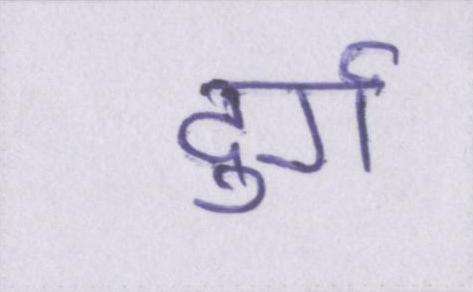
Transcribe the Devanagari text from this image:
दुर्ग